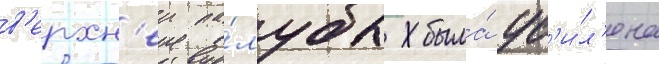
в'ерхн'еи па́лубы была́ ус'и́л'ена